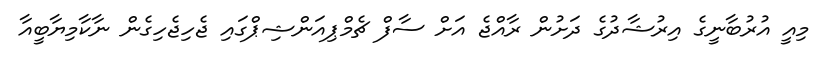
މިއީ އުރުބާނީގެ އިރުޝާދުގެ ދަށުން ރާއްޖެ އަށް ސާފް ޗެމްޕިއަންޝިޕްގައި ޖެހިޖެހިގެން ނާކާމިޔާބީއާ